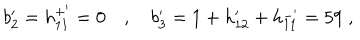
LaTeX: b _ { 2 } ^ { \prime } = h _ { 1 1 } ^ { + ^ { \prime } } = 0 \quad , \quad b _ { 3 } ^ { \prime } = 1 + h _ { 1 2 } ^ { \prime } + h _ { 1 1 } ^ { - ^ { \prime } } = 5 9 \; ,